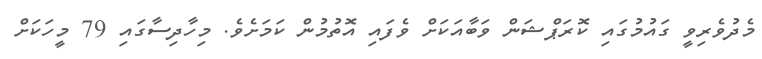
މެދުވެރިވީ ގައުމުގައި ކޮރަޕްޝަން ވަބާއަކަށް ވެފައި އޮތުމުން ކަމަށެވެ. މިހާދިސާގައި 79 މީހަކަށް